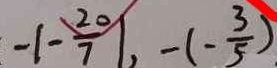
- \vert - \frac { 2 0 } { 7 } \vert , - ( - \frac { 3 } { 5 } ) .